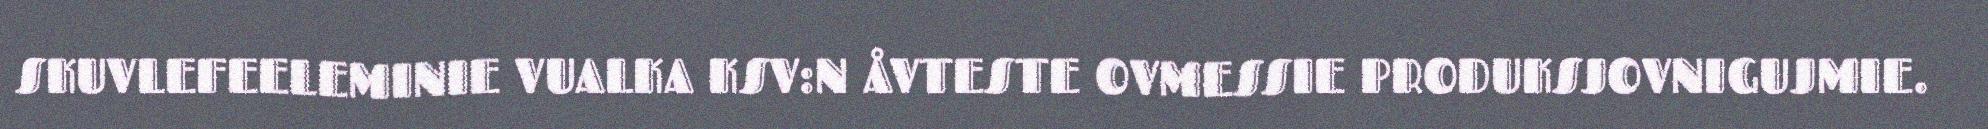
SKUVLEFEELEMINIE VUALKA KSV:N ÅVTESTE OVMESSIE PRODUKSJOVNIGUJMIE.